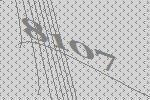
8107